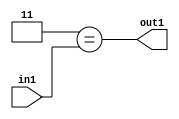
`timescale 1ps / 1ps
/*****************************************************************************
    Verilog RTL Description
    
    
    Created by: Stratus DpOpt 2019.1.01 
*******************************************************************************/

module cache_Eqi3u8_4_1 (
	in1,
	out1
	); /* architecture "behavioural" */ 
input [7:0] in1;
output  out1;
wire  asc001;

assign asc001 = (13'B0000000000011==in1);

assign out1 = asc001;
endmodule

/* CADENCE  urX1TAo= : u9/ySgnWtBlWxVPRXgAZ4Og= ** DO NOT EDIT THIS LINE ******/